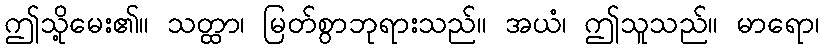
ဤသို့မေး၏။ သတ္ထာ၊ မြတ်စွာဘုရားသည်။ အယံ၊ ဤသူသည်။ မာရော၊